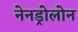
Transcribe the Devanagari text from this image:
नेनड्रोलोन